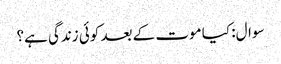
سوال: کیا موت کے بعد کوئی زندگی ہے؟